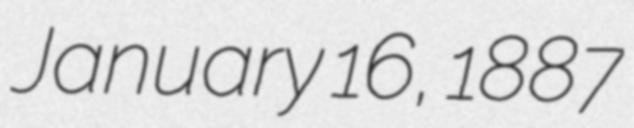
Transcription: January 16, 1887